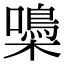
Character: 𡂢